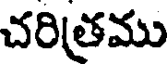
చరిత్రము